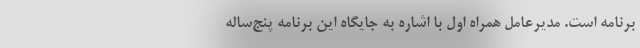
برنامه است. مدیرعامل همراه اول با اشاره به جایگاه این برنامه پنج‌ساله